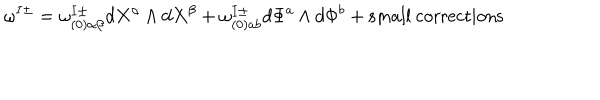
\omega ^ { I \pm } = \omega _ { ( 0 ) \alpha \beta } ^ { I \pm } d X ^ { \alpha } \wedge d X ^ { \beta } + \omega _ { ( 0 ) a b } ^ { I \pm } d \Phi ^ { a } \wedge d \Phi ^ { b } + \mathrm { s m a l l ~ c o r r e c t i o n s }